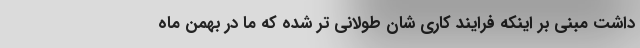
داشت مبنی بر اینکه فرایند کاری شان طولانی تر شده که ما در بهمن ماه